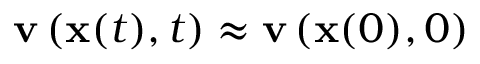
\mathbf { v } \left( \mathbf { x } ( t ) , t \right) \approx \mathbf { v } \left( \mathbf { x } ( 0 ) , 0 \right)